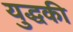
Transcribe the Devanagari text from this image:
युद्धकी